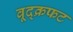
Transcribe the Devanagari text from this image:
वूद्क्रफट